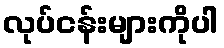
လုပ်ငန်းများကိုပါ